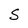
Character: S